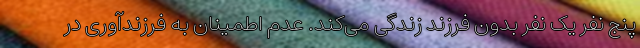
پنج نفر یک نفر بدون فرزند زندگی می‌کند. عدم اطمینان به فرزندآوری در